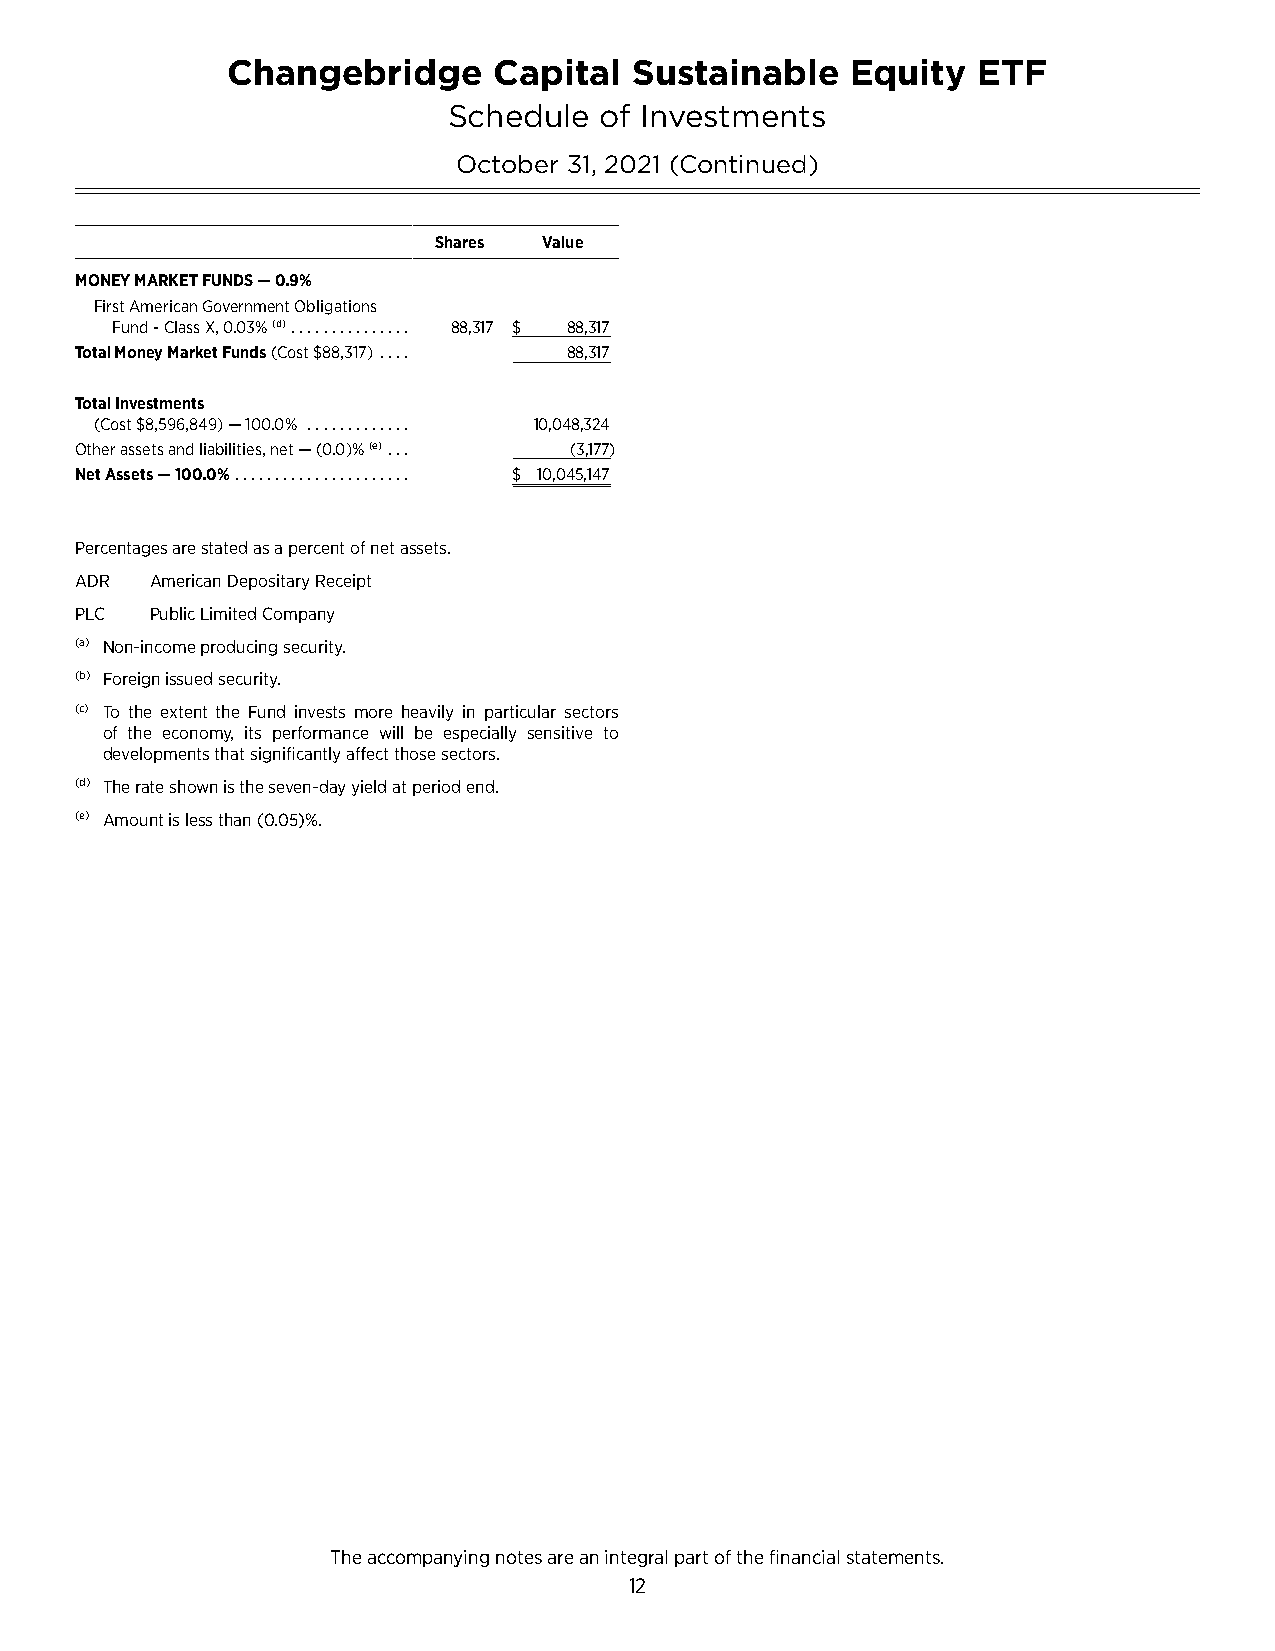
Changebridge      Capital  Sustainable   Equity   ETF
 Schedule  of Investments
 October 31, 2021 (Continued)
 Shares Value
 MONEY MARKET FUNDS — 0.9%
 First American Government Obligations
 Fund - Class X, 0�03% (d) � � � � � � � � � � � � � � � 88,317 $ 88,317
 Total Money Market Funds (Cost $88,317) � � � � 88,317
 Total Investments
 (Cost $8,596,849) — 100�0% � � � � � � � � � � � � � 10,048,324
 Other assets and liabilities, net — (0�0)% (e) � � � (3,177)
 Net Assets — 100.0% � � � � � � � � � � � � � � � � � � � � � � $ 10,045,147
 Percentages are stated as a percent of net assets�
 ADR  American Depositary Receipt
 PLC  Public Limited Company
 (a) Non-income producing security�
 (b) Foreign issued security�
 (c) To the extent the Fund invests more heavily in particular sectors
 of the economy, its performance will be especially sensitive to
 developments that significantly affect those sectors�
 (d) The rate shown is the seven-day yield at period end�
 (e) Amount is less than (0�05)%�
 The accompanying notes are an integral part of the financial statements.
 12